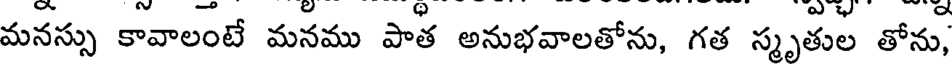
మనస్సు కావాలంటే మనము పాత అనుభవాలతోను, గత స్మృతుల తోను,